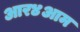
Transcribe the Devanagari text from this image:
आर४आम